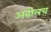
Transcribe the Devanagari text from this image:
अबोलच